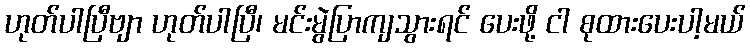
ဟုတ်ပါပြီဗျာ ဟုတ်ပါပြီ၊ မင်းမွဲပြာကျသွားရင် ပေးဖို့ ငါ စုထားပေးပါ့မယ်